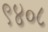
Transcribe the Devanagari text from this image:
९४०८